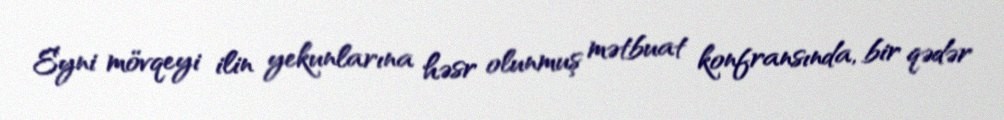
Eyni mövqeyi ilin yekunlarına həsr olunmuş mətbuat konfransında, bir qədər